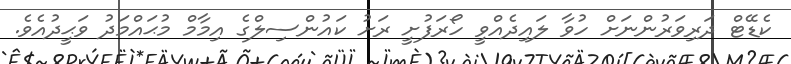
ކެޑޭޓް ދަރިވަރުންނަށް ހުވާ ލައިދެއްވީ ހޯރަފުށީ ރަށު ކައުންސިލްގެ އިމާމް މުޙައްމަދު ވަޙީދުއެވެ.